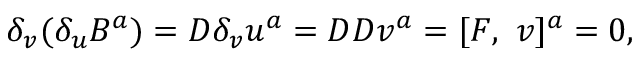
\delta _ { v } ( \delta _ { u } B ^ { a } ) = D \delta _ { v } u ^ { a } = D D v ^ { a } = [ F , ~ v ] ^ { a } = 0 ,